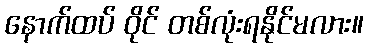
နောက်ထပ် ဝိုင် တစ်လုံးရနိုင်မလား။